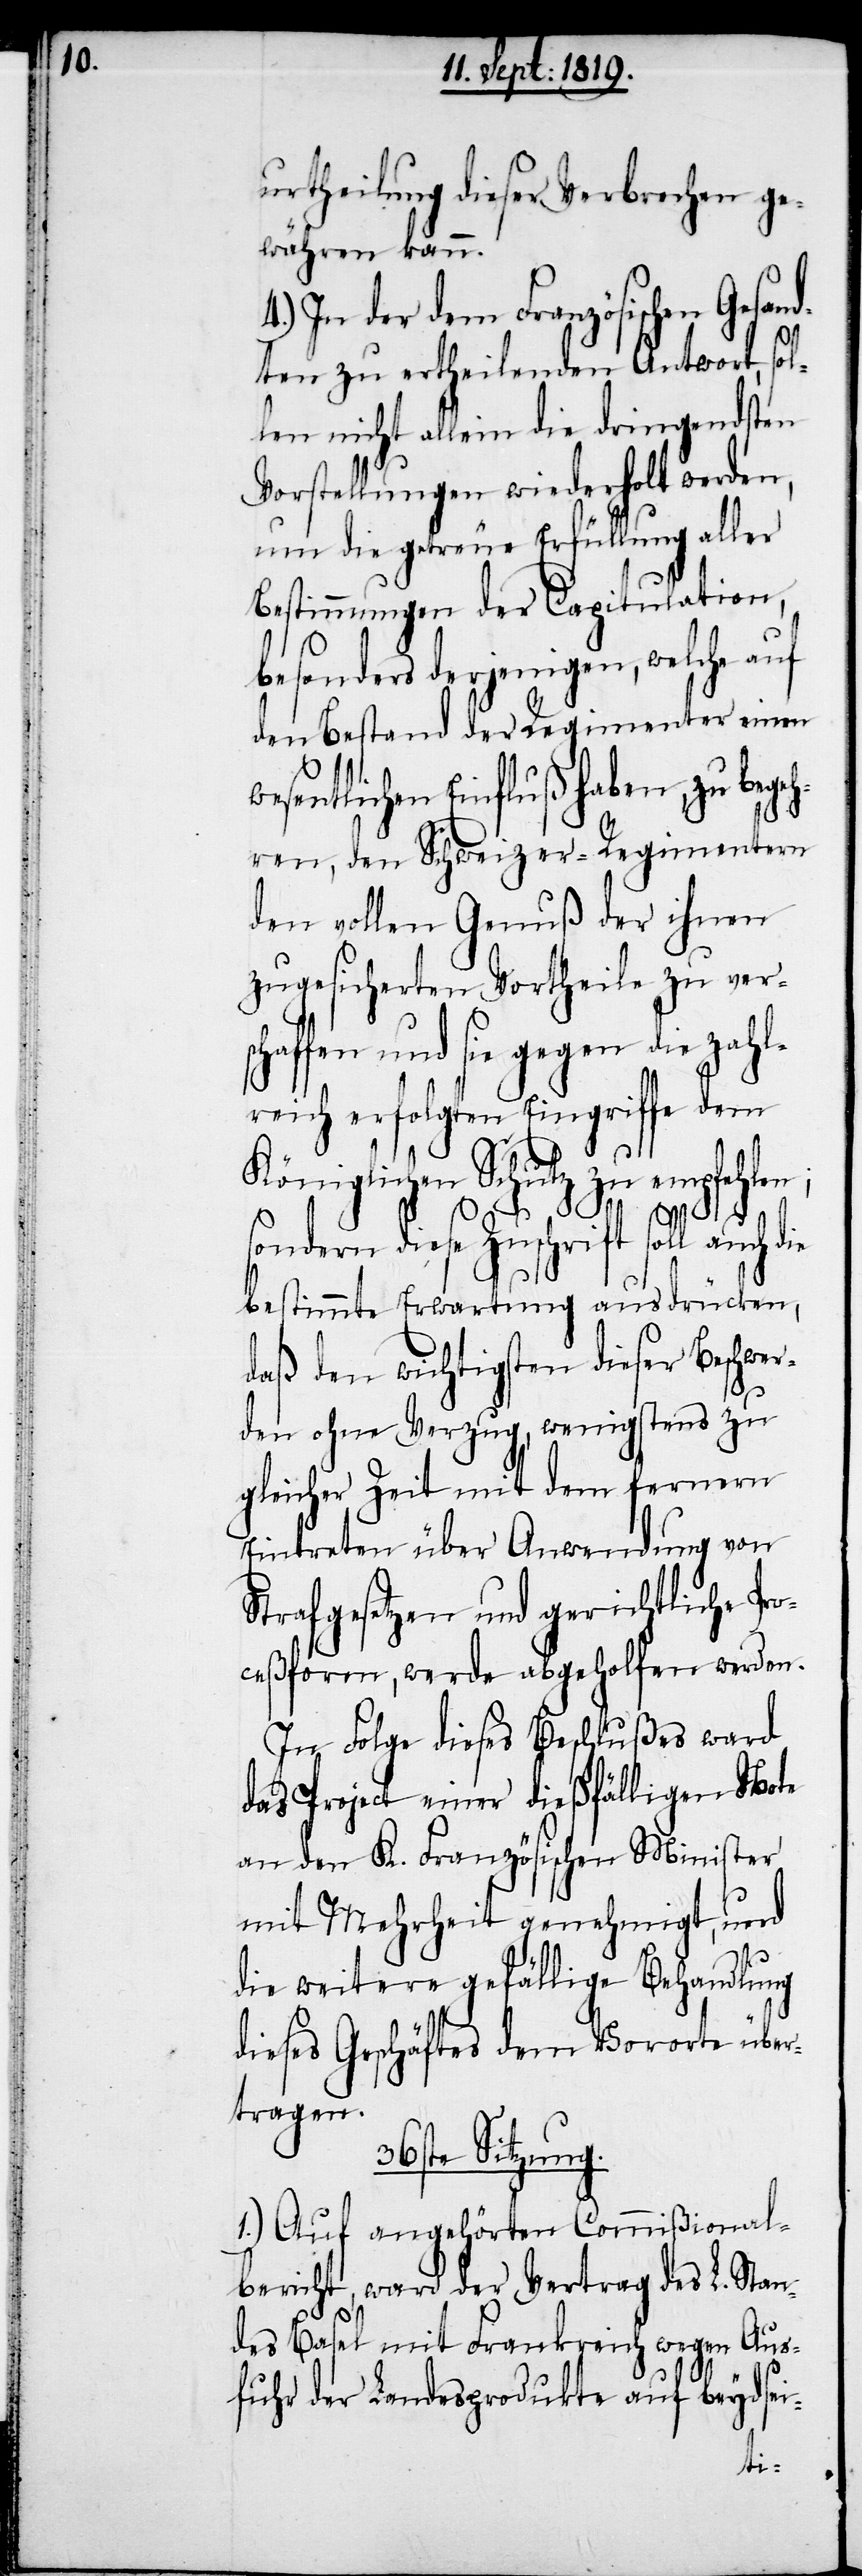
urtheilung dieser Verbrechen ge¬
währen kann.
4.) In der dem Französischen Gesand¬
ten zu ertheilenden Antwort, sol¬
len nicht allein die dringendsten
Vorstellungen wiedeholt werden,
um die getreue Erfüllung aller
Bestimmungen der Capitulation,
besonders derjenigen, welche auf
den Bestand der Regimenter einen
esentlichen Einfluß haben, zu bege¬
hren, den Schweizer-Regimentern
den vollen Genuß der ihnen
zugesicherten Vortheile zu vers¬
chaffen und sie gegen die zahl¬
reich erfolgten Eingriffe dem
Königlichen Schutz zu empfehlen;
sondern diese Zuschrift soll auch die
bestimmte Erwartung ausdrücken,
daß den wichtigsten dieser Beschwer¬
w¬
den ohne Verzug, wenigstens zu
gleicher Zeit mit dem fernern
Eintreten über Anwendung von
Strafgesetzen und gerichtliche Pro¬
ceßform, werde abgeholfen werden.
In Folge dieses Beschlußes ward
das Project einer dießfälligen Note
an den K. Französischen Minister
mit Mehrheit genehmigt, und
die weitere gefällige Behandlung
dieses Geschäftes dem Vororte über¬
tragen.
36ste Sitzung.
1.) Auf angehörten Commißional¬
bericht, ward der Vertrag des L. Stan¬
des Basel mit Frankreich wegen Aus¬
fuhr der Landesprodukte auf beydsei-